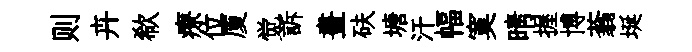
则卉欷療位厦觉訴晝砆塘汗幅寞晴握博蓊埏